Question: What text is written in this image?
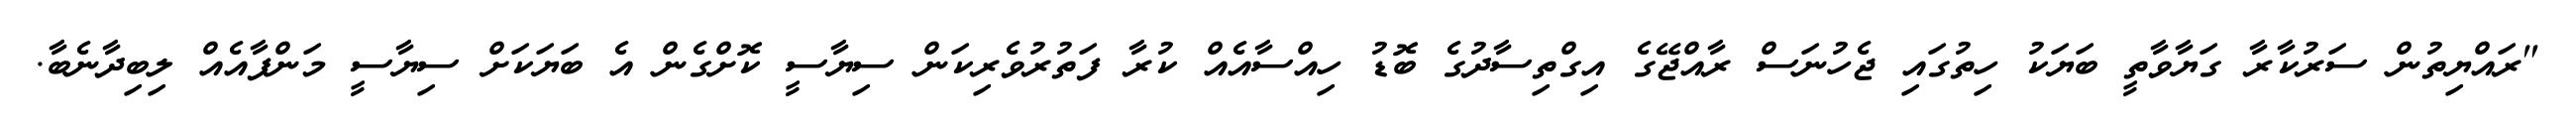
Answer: "ރައްޔިތުން ސަރުކާރާ ގަޔާވާތީ ބަޔަކު ހިތުގައި ޖެހުނަސް ރާއްޖޭގެ އިގްތިސާދުގެ ބޮޑު ހިއްސާއެއް ކުރާ ފަތުރުވެރިކަން ސިޔާސީ ކޮށްގެން އެ ބަޔަކަށް ސިޔާސީ މަންފާއެއް ލިބިދާނެބާ.